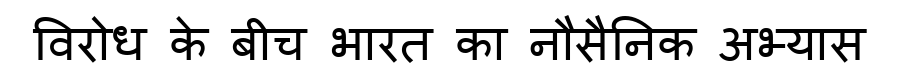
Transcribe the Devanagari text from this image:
विरोध के बीच भारत का नौसैनिक अभ्यास